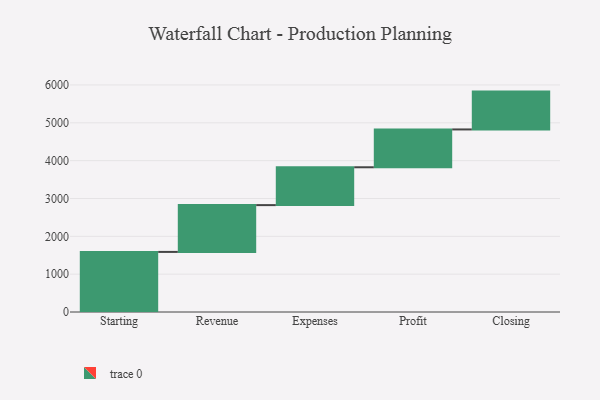
{"axis": {"x": "Step", "y": "Value"}, "legend": [""], "data": [{"x": "Starting", "y": 1588.0, "type": ""}, {"x": "Revenue", "y": 1237.0, "type": ""}, {"x": "Expenses", "y": 1000, "type": ""}, {"x": "Profit", "y": 1000, "type": ""}, {"x": "Closing", "y": 1000, "type": ""}]}